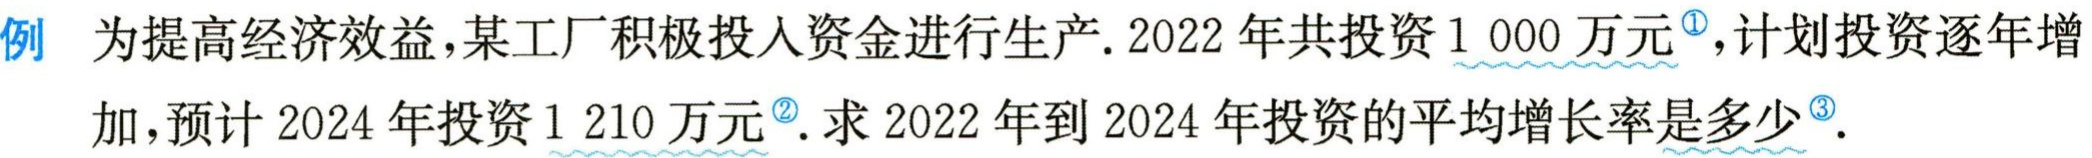
例 为提高经济效益，某工厂积极投入资金进行生产. 2022 年共投资 1 000 万元<sup>\textcircled{1}</sup>，计划投资逐年增加，预计 2024 年投资 1 210 万元<sup>\textcircled{2}</sup>. 求 2022 年到 2024 年投资的平均增长率是多少<sup>\textcircled{3}</sup>.